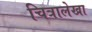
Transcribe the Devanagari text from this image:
चित्रालेखा